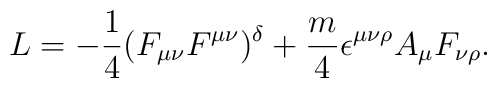
L= -\frac{1}{4} (F_{\mu \nu }F^{\mu \nu } )^{\delta} +\frac{m}{4}\epsilon^{\mu \nu \rho } A_{\mu } F_{\nu \rho }.